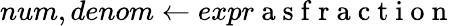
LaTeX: num,denom\gets expr\mathrm{~a~s~f~r~a~c~t~i~o~n~}